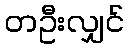
တဦးလျှင်